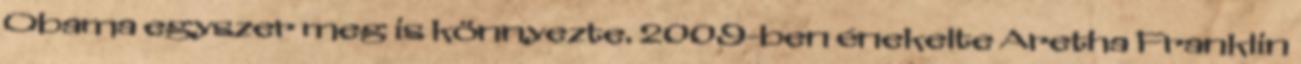
Obama egyszer meg is könnyezte. 2009-ben énekelte Aretha Franklin